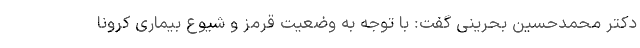
دکتر محمدحسین بحرینی گفت: با توجه به وضعیت قرمز و شیوع بیماری کرونا